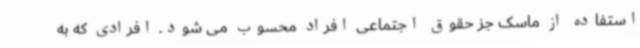
استفاده از ماسک جز حقوق اجتماعی افراد محسوب می شود. افرادی که به